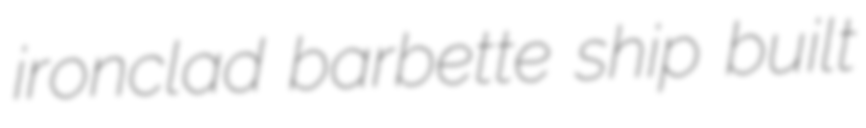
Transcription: ironclad barbette ship built